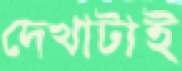
দেখাটাই